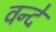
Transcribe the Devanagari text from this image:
वन्‍दे